Report of the Indian Hemp Drugs Commission, 1894-1895 - Volume I
Year: 1894
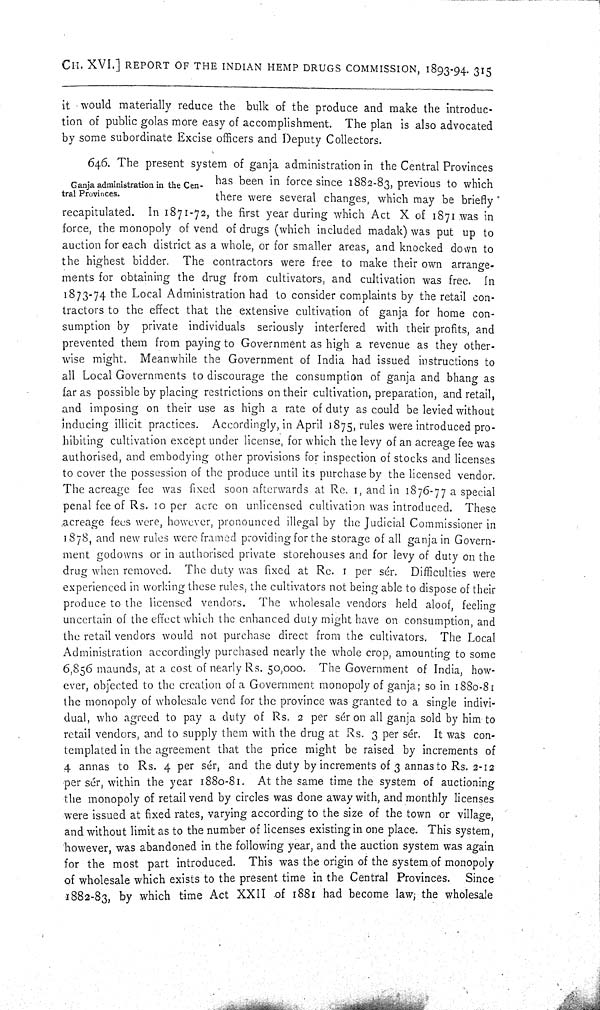
CH. XVI.] REPORT OF THE INDIAN HEMP DRUGS COMMISSION, 1893-94. 315
it would materially reduce the bulk of the produce and make the introduc-
tion of public golas more easy of accomplishment. The plan is also advocated
by some subordinate Excise officers and Deputy Collectors.
Ganja administration in the Cen-
tral Provinces.
646. The present system of ganja administration in the Central Provinces
has been in force since 1882-83, previous to which
there were several changes, which may be briefly
recapitulated. In 1871-72, the first year during which Act X of 1871 was in
force, the monopoly of vend of drugs (which included madak) was put up to
auction for each district as a whole, or for smaller areas, and knocked down to
the highest bidder. The contractors were free to make their own arrange-
ments for obtaining the drug from cultivators, and cultivation was free. In
1873-74 the Local Administration had to consider complaints by the retail con-
tractors to the effect that the extensive cultivation of ganja for home con-
sumption by private individuals seriously interfered with their profits, and
prevented them from paying to Government as high a revenue as they other-
wise might. Meanwhile the Government of India had issued instructions to
all Local Governments to discourage the consumption of ganja and bhang as
far as possible by placing restrictions on their cultivation, preparation, and retail,
and imposing on their use as high a rate of duty as could be levied without
inducing illicit practices. Accordingly, in April 1875, rules were introduced pro-
hibiting cultivation except under license, for which the levy of an acreage fee was
authorised, and embodying other provisions for inspection of stocks and licenses
to cover the possession of the produce until its purchase by the licensed vendor.
The acreage fee was fixed soon afterwards at Re. 1, and in 1876-77 a special
penal fee of Rs. 10 per acre on unlicensed cultivation was introduced. These
acreage fees were, however, pronounced illegal by the Judicial Commissioner in
1878, and new rules were framed providing for the storage of all ganja in Govern-
ment godowns or in authorised private storehouses and for levy of duty on the
drug when removed. The duty was fixed at Re. 1 per sér. Difficulties were
experienced in working these rules, the cultivators not being able to dispose of their
produce to the licensed vendors. The wholesale vendors held aloof, feeling
uncertain of the effect which the enhanced duty might have on consumption, and
the retail vendors would not purchase direct from the cultivators. The Local
Administration accordingly purchased nearly the whole crop, amounting to some
6,856 maunds, at a cost of nearly Rs. 50,000. The Government of India, how-
ever, objected to the creation of a Government monopoly of ganja; so in 1880-81
the monopoly of wholesale vend for the province was granted to a single indivi-
dual, who agreed to pay a duty of Rs. 2 per sér on all ganja sold by him to
retail vendors, and to supply them with the drug at Rs. 3 per sér. It was con-
templated in the agreement that the price might be raised by increments of
4 annas to Rs. 4 per sér, and the duty by increments of 3 annas to Rs. 2.12
per sér, within the year 1880-81. At the same time the system of auctioning
the monopoly of retail vend by circles was done away with, and monthly licenses
were issued at fixed rates, varying according to the size of the town or village,
and without limit as to the number of licenses existing in one place. This system,
however, was abandoned in the following year, and the auction system was again
for the most part introduced. This was the origin of the system of monopoly
of wholesale which exists to the present time in the Central Provinces.
Since
1882-83, by which time Act XXII of 1881 had become law; the wholesale